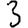
Digit: 3